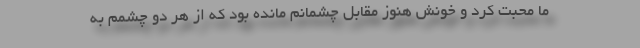
ما محبت کرد و خونش هنوز مقابل چشمانم مانده بود که از هر دو چشمم به